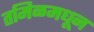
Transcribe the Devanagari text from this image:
तमिळमधून